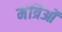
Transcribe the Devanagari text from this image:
मंत्रिओं